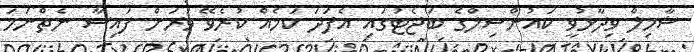
ޝާމިލް ވިދާޅުވީ ކައުންސިލްގެ ބަޖެޓުގައި އެފަދަ ކަމެއް ކުރެވޭ ވަރަށް ފައިސާ ނެތްނަމަ